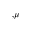
{ } _ { , \mu }